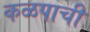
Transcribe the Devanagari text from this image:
कळपाची